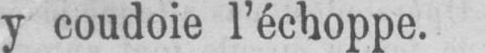
y coudoie l’échoppe.